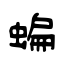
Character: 蝙